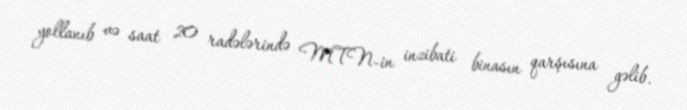
yollanıb və saat 20 radələrində MTN-in inzibati binasın qarşısına gəlib.